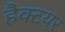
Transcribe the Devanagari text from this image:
हैक्टयर